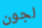
لجون